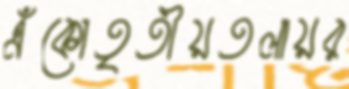
এঁকোতৃতীয়তলায়র